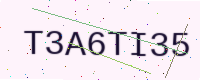
Text: T3A6TI35